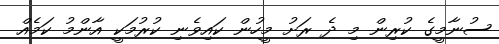
ސުނާމީގެ ކުރިން މި ދެ ރަށު މީހުން ކައިވެނި ކުރުމަކީ އާންމު ކަމެއް